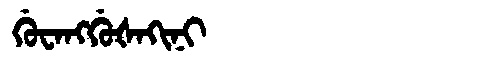
Manchu: ᡤᡠᠸᠠᠩᡤᡠᡧᠠᡴᡳᠨᡳ
Romanization: GUWANGGUŠAKINI